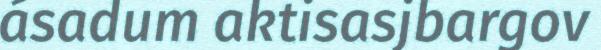
ásadum aktisasjbargov